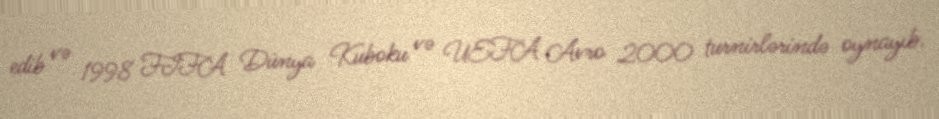
edib və 1998 FIFA Dünya Kuboku və UEFA Avro 2000 turnirlərində oynayıb.